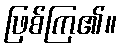
ဖြစ်ကြ၏။